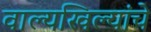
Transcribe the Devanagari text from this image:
वाल्यखिल्यांचे